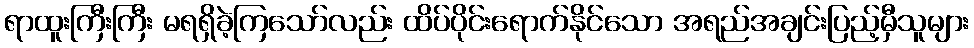
ရာထူးကြီးကြီး မရရှိခဲ့ကြသော်လည်း ထိပ်ပိုင်းရောက်နိုင်သော အရည်အချင်းပြည့်မှီသူများ